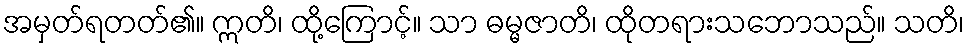
အမှတ်ရတတ်၏။ ဣတိ၊ ထို့ကြောင့်။ သာ ဓမ္မဇာတိ၊ ထိုတရားသဘောသည်။ သတိ၊